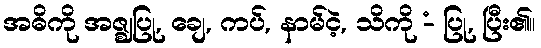
အဓိကို အဇ္ဈပြု, ချေ, ကပ်, နာမ်ငဲ့, သိကို -ံ ပြု, ပြီး၏။